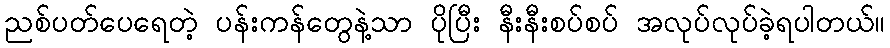
ညစ်ပတ်ပေရေတဲ့ ပန်းကန်တွေနဲ့သာ ပိုပြီး နီးနီးစပ်စပ် အလုပ်လုပ်ခဲ့ရပါတယ်။